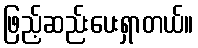
ဖြည့်ဆည်းပေးရှာတယ်။